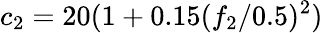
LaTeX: c_{2}=20(1+0.15({f_{2}}/{0.5})^{2})